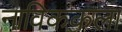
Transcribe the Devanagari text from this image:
नाविककला